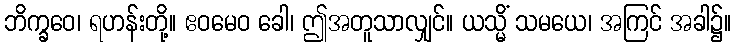
ဘိက္ခဝေ၊ ရဟန်းတို့။ ဧဝမေဝ ခေါ၊ ဤအတူသာလျှင်။ ယသ္မိံ သမယေ၊ အကြင် အခါ၌။